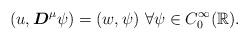
LaTeX: \begin{align*} (u, \boldsymbol{D}^{\mu}\psi) = (w, \psi) ~\forall \psi \in C_0^\infty(\mathbb{R}). \end{align*}